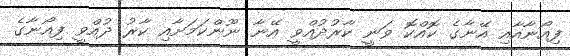
ފިއޯނާއާއި އޭނާގެ ކޮއްކޮ ވަނީ ކާރުދުއްވީ އޭނާ ނޫންކަމަށާއި ކާރު ދުއްވީ ފިއޯނާގެ